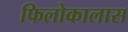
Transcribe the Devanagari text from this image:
फिलोकालास